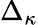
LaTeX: \Delta_{\kappa}